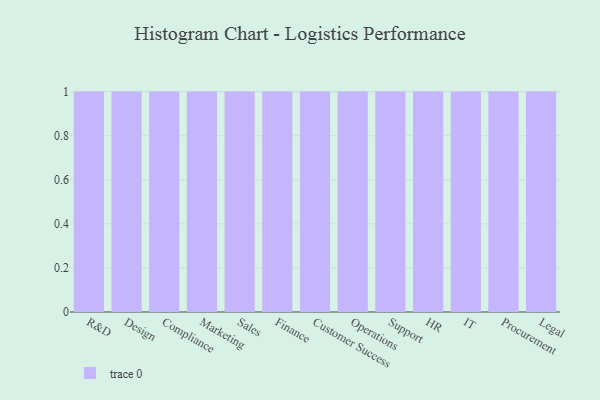
{"axis": {"x": "Department", "y": "Satisfaction Score"}, "legend": [""], "data": [{"x": "R&D", "y": 75, "type": ""}, {"x": "Design", "y": 100, "type": ""}, {"x": "Compliance", "y": 45, "type": ""}, {"x": "Marketing", "y": 56, "type": ""}, {"x": "Sales", "y": 19, "type": ""}, {"x": "Finance", "y": 69, "type": ""}, {"x": "Customer Success", "y": 37, "type": ""}, {"x": "Operations", "y": 28, "type": ""}, {"x": "Support", "y": 39, "type": ""}, {"x": "HR", "y": 91, "type": ""}, {"x": "IT", "y": 33, "type": ""}, {"x": "Procurement", "y": 79, "type": ""}, {"x": "Legal", "y": 12, "type": ""}]}